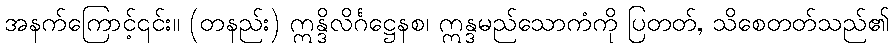
အနက်ကြောင့်၎င်း။ (တနည်း) ဣန္ဒိလိင်္ဂဋ္ဌေနစ၊ ဣန္ဒမည်သောကံကို ပြတတ်, သိစေတတ်သည်၏